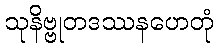
သုနိဗ္ဗုတဒဿနဟေတုံ